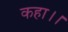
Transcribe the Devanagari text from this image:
कहा।।